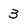
Character: 3